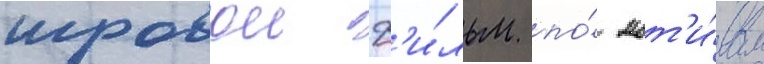
игровои ф'и́льм по́ мот'и́вам